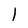
Character: 1